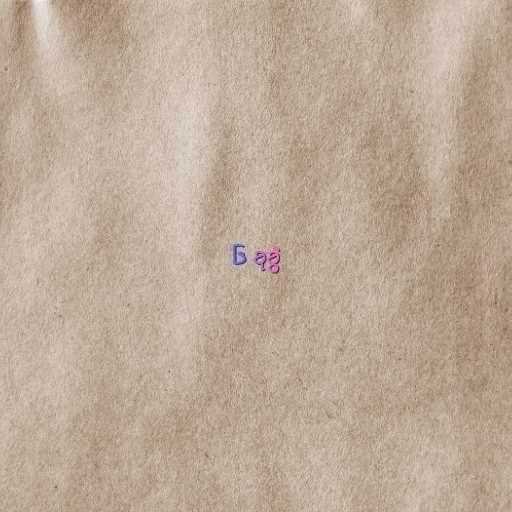
၆ ခုခွဲ